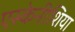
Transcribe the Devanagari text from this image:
एस्केनीशिया